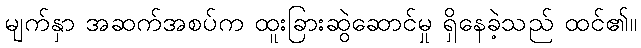
မျက်နှာ အဆက်အစပ်က ထူးခြားဆွဲဆောင်မှု ရှိနေခဲ့သည် ထင်၏။